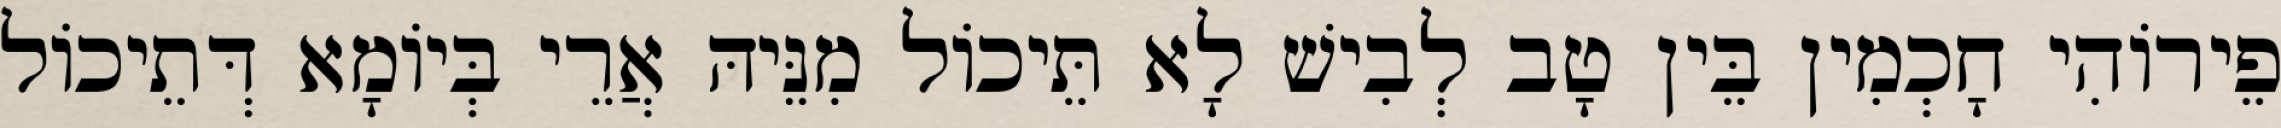
פֵירוֹהִי חָכְמִין בֵּין טָב לְבִישׁ לָא תֵּיכוֹל מִנֵּיהּ אֲרֵי בְּיוֹמָא דְּתֵיכוֹל